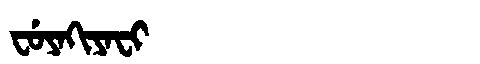
Manchu: ᠸᡠᠶᠠᡴᡳᠶᠠᠸᡳ
Romanization: FUYAKIYAFI